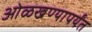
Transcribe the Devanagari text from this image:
ओळखण्यापर्यंत